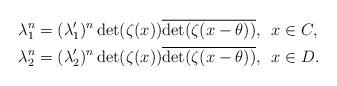
LaTeX: \begin{align*}\lambda_1^n=(\lambda'_1)^n\det(\zeta(x))\overline{\det(\zeta(x-\theta))}, &\ \ x\in C,\\\lambda_2^n=(\lambda_2')^n\det(\zeta(x))\overline{\det(\zeta(x-\theta))}, &\ \ x\in D.\end{align*}